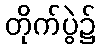
တိုက်ပွဲ၌